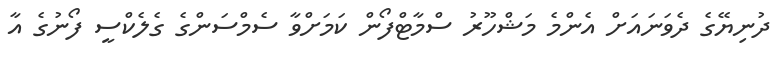
ދުނިޔޭގެ ދެވަނައަށް އެންމެ މަޝްހޫރު ސްމާޓްފޯން ކަމަށްވާ ސެމްސަންގެ ގެލެކްސީ ފޯނުގެ އާ